Lunatic asylums Central Provinces reports 1895-1909 - 1895-1909
Year: 1895
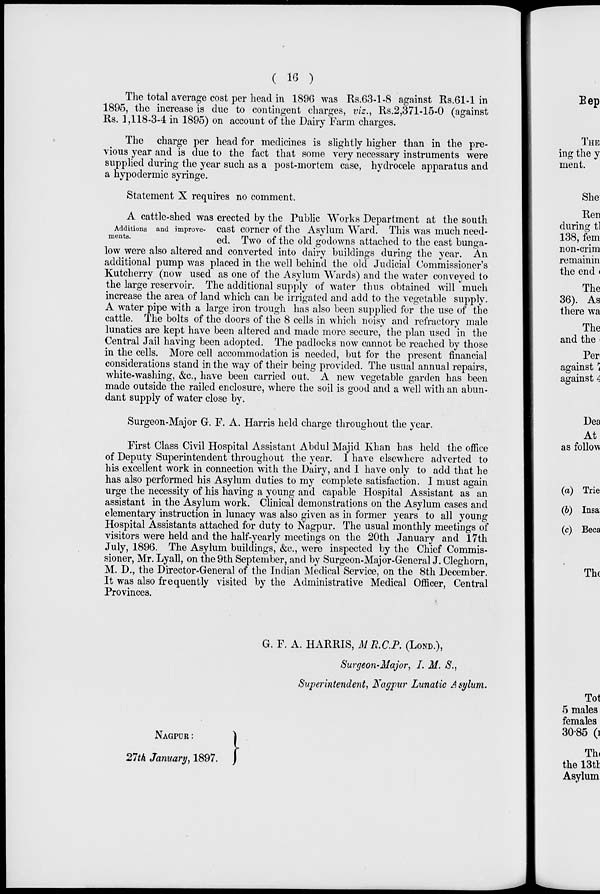
( 16 )
The total average cost per head in 1896 was Rs.63-1-8 against Rs.61-1 in
1895, the increase is due to contingent charges, viz., Rs.2,371-15-0 (against
Rs. 1,118-3-4 in 1895) on account of the Dairy Farm charges.
The charge per head for medicines is slightly higher than in the pre-
vious year and is due to the fact that some very necessary instruments were
supplied during the year such as a post-mortem case, hydrocele apparatus and
a hypodermic syringe.
Statement X requires no comment.
Additions and improve-
ments.
A cattle-shed was erected by the Public Works Department at the south
east corner of the Asylum Ward. This was much need-
ed. Two of the old godowns attached to the east bunga-
low were also altered and converted into dairy buildings during the year. An
additional pump was placed in the well behind the old Judicial Commissioner's
Kutcherry (now used as one of the Asylum Wards) and the water conveyed to
the large reservoir. The additional supply of water thus obtained will much
increase the area of land which can be irrigated and add to the vegetable supply.
A water pipe with a large iron trough has also been supplied for the use of the
cattle. The bolts of the doors of the 8 cells in which noisy and refractory male
lunatics are kept have been altered and made more secure, the plan used in the
Central Jail having been adopted. The padlocks now cannot be reached by those
in the cells. More cell accommodation is needed, but for the present financial
considerations stand in the way of their being provided. The usual annual repairs,
white-washing, &c., have been carried out. A new vegetable garden has been
made outside the railed enclosure, where the soil is good and a well with an abun-
dant supply of water close by.
Surgeon-Major G. F. A. Harris held charge throughout the year.
First Class Civil Hospital Assistant Abdul Majid Khan has held the office
of Deputy Superintendent throughout the year. I have elsewhere adverted to
his excellent work in connection with the Dairy, and I have only to add that he
has also performed his Asylum duties to my complete satisfaction. I must again
urge the necessity of his having a young and capable Hospital Assistant as an
assistant in the Asylum work. Clinical demonstrations on the Asylum cases and
elementary instruction in lunacy was also given as in former years to all young
Hospital Assistants attached for duty to Nagpur. The usual monthly meetings of
visitors were held and the half-yearly meetings on the 20th January and 17th
July, 1896. The Asylum buildings, &c., were inspected by the Chief Commis-
sioner, Mr. Lyall, on the 9th September, and by Surgeon-Major-General J. Cleghorn,
M. D., the Director-General of the Indian Medical Service, on the 8th December.
It was also frequently visited by the Administrative Medical Officer, Central
Provinces.
G. F. A. HARRIS, M R.C.P. (LOND.),
Surgeon-Major, I. M. S.,
Superintendent, Nagpur Lunatic Asylum.
NAGPUR:
27th January, 1897.